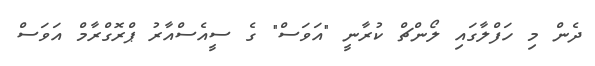
ދެން މި ހަފްލާގައި ލޯންޗް ކުރާނީ "އަވަސް" ގެ ސީއެސްއާރު ޕްރޮގްރާމް އަވަސް